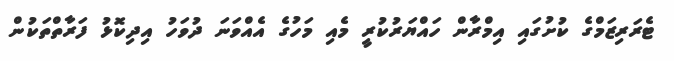
ޓެރަރިޒަމްގެ ކުށުގައި އިމްރާން ހައްޔަރުކުރީ މެއި މަހުގެ އެއްވަނަ ދުވަހު އިދިކޮޅު ފަރާތްތަކުން